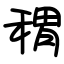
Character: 稩